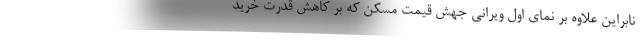
نابراین علاوه بر نمای اول ویرانی جهش قیمت مسکن که بر کاهش قدرت خرید